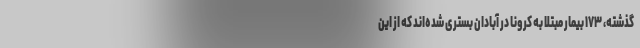
گذشته، ۱۷۳ بیمار مبتلا به کرونا در آبادان بستری شده‌اند که از این